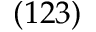
( 1 2 3 )